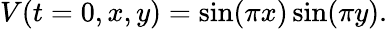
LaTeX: V(t=0,x,y)=\sin(\pi x)\sin(\pi y).